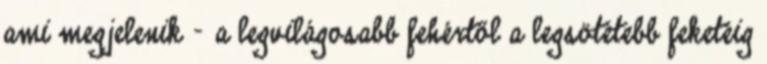
ami megjelenik – a legvilágosabb fehértől a legsötétebb feketéig